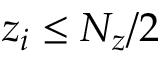
z _ { i } \leq N _ { z } / 2